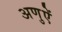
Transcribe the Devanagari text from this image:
अणुऐं